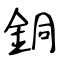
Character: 銅